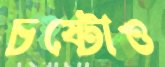
চষ্টোও